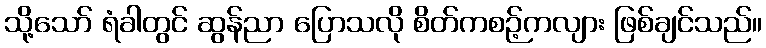
သို့သော် ရံခါတွင် ဆွန်ညာ ပြောသလို စိတ်ကစဉ့်ကလျား ဖြစ်ချင်သည်။